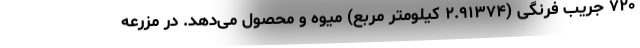
۷۲۰ جریب فرنگی (۲.۹۱۳۷۴ کیلومتر مربع) میوه و محصول می‌دهد. در مزرعه